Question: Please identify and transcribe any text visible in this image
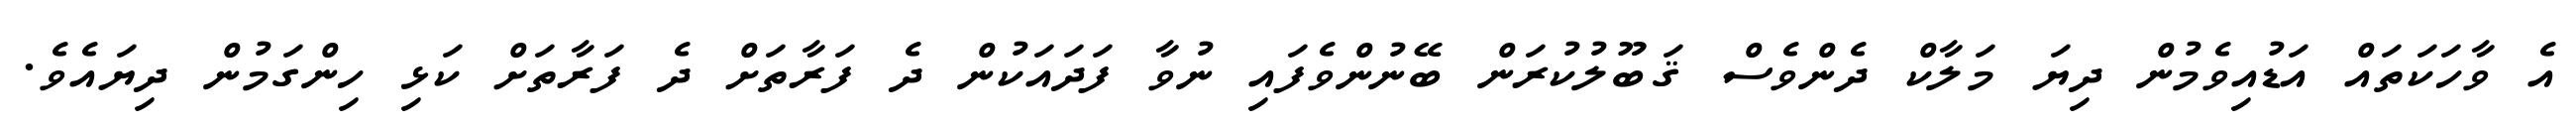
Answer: އެ ވާހަކަތައް އަޑުއިވެމުން ދިޔަ މަލާކް ދެންވެސް ޤަބޫލުކުރަން ބޭނުންވެފައި ނުވާ ފަދައަކުން ދެ ފަރާތަށް ދެ ފަރާތަށް ކަޅި ހިންގަމުން ދިޔައެވެ.